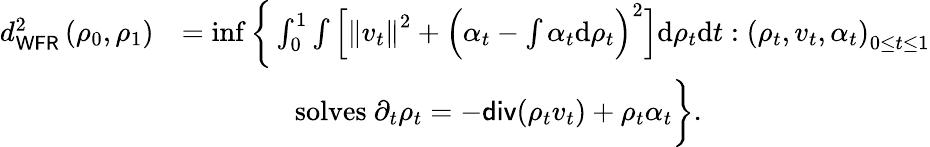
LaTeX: \begin{array}{rl}{d_{\mathsf{WFR}}^{2}\left(\rho_{0},\rho_{1}\right)}&{=\operatorname*{inf}\bigg\{ \int_{0}^{1}\int\Big[\left\Vert v_{t}\right\Vert^{2}+\Big(\alpha_{t}-\int\alpha_{t}\mathrm{d}\rho_{t}\Big)^{2}\Big]\mathrm{d}\rho_{t}\mathrm{d}t:\left(\rho_{t},v_{t},\alpha_{t}\right)_{0\leq t\leq 1}}\\ &{\qquad\qquad\mathrm{solves~}\partial_{t}\rho_{t}=-\mathsf{div}(\rho_{t}v_{t})+\rho_{t}\alpha_{t}\bigg\} .}\end{array}